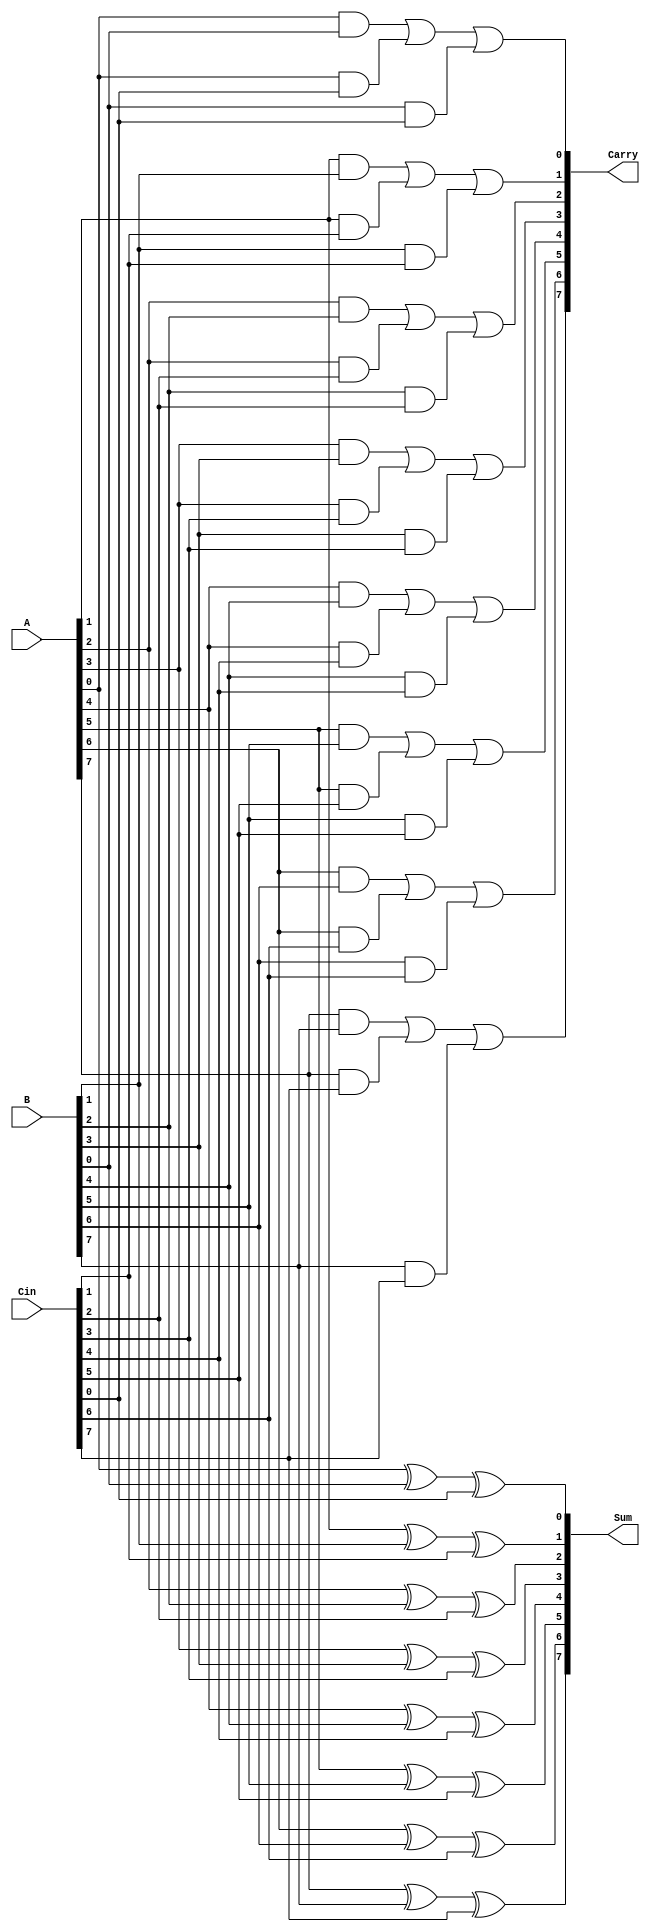
module CarrySaveAdder #(
    parameter n = 8  // Default width of inputs and outputs
)(
    input [n-1:0] A,     // First operand
    input [n-1:0] B,     // Second operand
    input [n-1:0] Cin,   // Carry input
    output [n-1:0] Sum,   // Sum output
    output [n-1:0] Carry  // Carry output
);

genvar i;
generate
    for (i = 0; i < n; i = i + 1) begin : csa_bit
        // Calculate Sum[i] using XOR
        assign Sum[i] = A[i] ^ B[i] ^ Cin[i];

        // Calculate Carry[i] using AND and OR
        assign Carry[i] = (A[i] & B[i]) | (A[i] & Cin[i]) | (B[i] & Cin[i]);
    end
endgenerate

endmodule